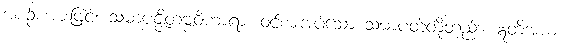
အစဉ် အားဖြင့်။ သမာပဇ္ဇိတဗ္ဗဝိဟာရာ၊ ဝင်စားအပ်သော သမာပတ်တို့တည်း။ ဣတိအယံ၊